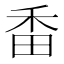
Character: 𤱜